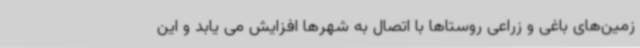
زمین‌های باغی و زراعی روستاها با اتصال به شهرها افزایش می یابد و این